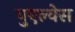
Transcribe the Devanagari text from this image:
वुएल्वेस